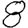
Digit: 8